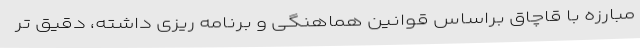
مبارزه با قاچاق براساس قوانین هماهنگی و برنامه ریزی داشته، دقیق تر